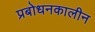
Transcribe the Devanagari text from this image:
प्रबोधनकालीन